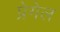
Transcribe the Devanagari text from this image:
प्रेगेल